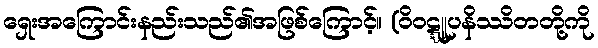
ရှေးအကြောင်းနည်းသည်၏အဖြစ်ကြောင့်။ (ဝိဝဋ္ဋူပနိဿိတတို့ကို